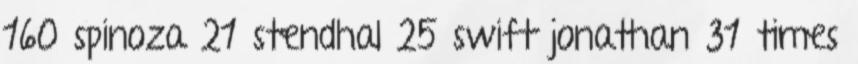
160 spinoza 21 stendhal 25 swift jonathan 31 times